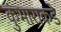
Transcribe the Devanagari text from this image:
कुंभाराकडे